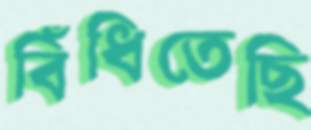
বিঁধিতেছি